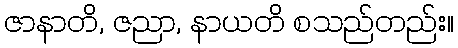
ဇာနာတိ, ဇညာ, နာယတိ စသည်တည်း။